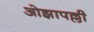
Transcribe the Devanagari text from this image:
ओझापल्ली